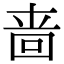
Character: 啬